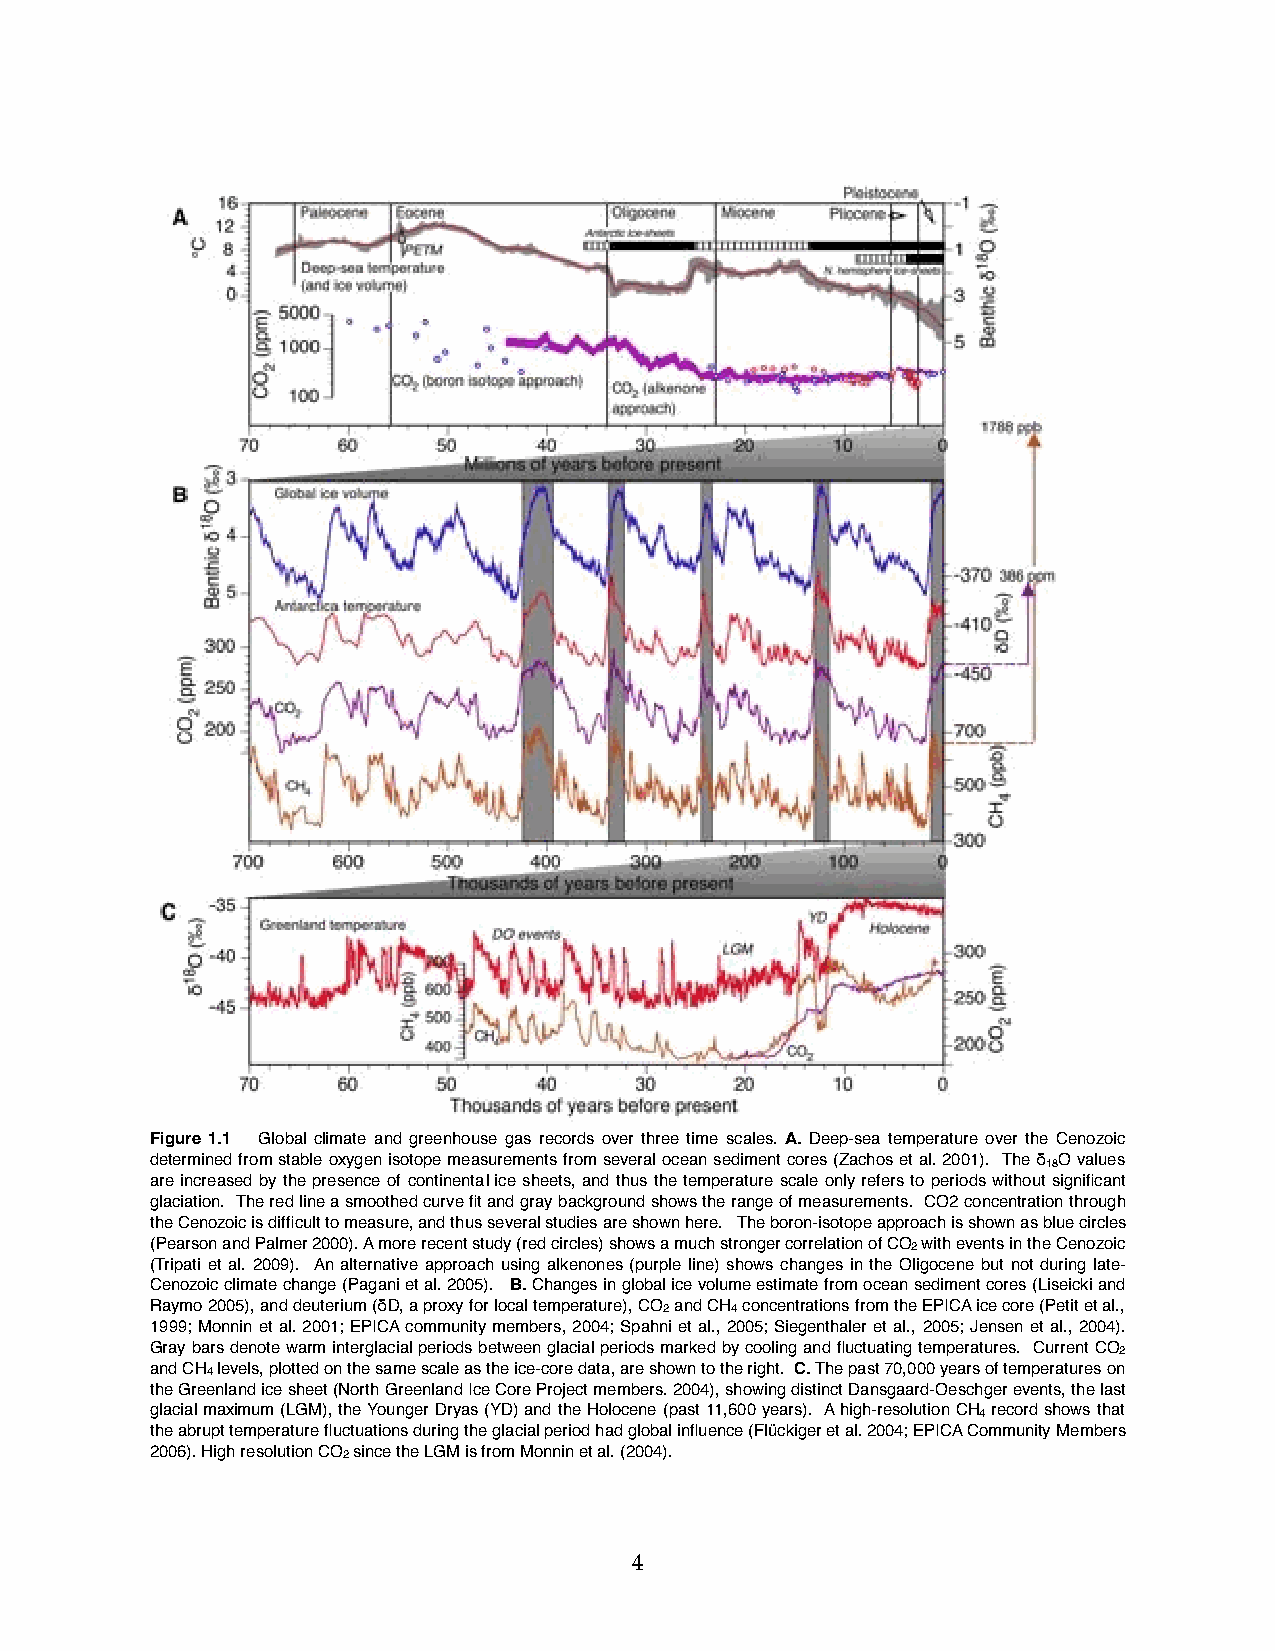
Figure 1.1 Global climate and greenhouse gas records over three time scales. A. Deep-sea temperature over the Cenozoic
 determined from stable oxygen isotope measurements from several ocean sediment cores (Zachos et al. 2001). The !18O values
 are increased by the presence of continental ice sheets, and thus the temperature scale only refers to periods without significant
 glaciation. The red line a smoothed curve fit and gray background shows the range of measurements. CO2 concentration through
 the Cenozoic is difficult to measure, and thus several studies are shown here. The boron-isotope approach is shown as blue circles
 (Pearson and Palmer 2000). A more recent study (red circles) shows a much stronger correlation of CO2 with events in the Cenozoic
 (Tripati et al. 2009). An alternative approach using alkenones (purple line) shows changes in the Oligocene but not during late-
 Cenozoic climate change (Pagani et al. 2005). B. Changes in global ice volume estimate from ocean sediment cores (Liseicki and
 Raymo 2005), and deuterium (!D, a proxy for local temperature), CO2 and CH4 concentrations from the EPICA ice core (Petit et al.,
 1999; Monnin et al. 2001; EPICA community members, 2004; Spahni et al., 2005; Siegenthaler et al., 2005; Jensen et al., 2004).
 Gray bars denote warm interglacial periods between glacial periods marked by cooling and fluctuating temperatures. Current CO2
 and CH4 levels, plotted on the same scale as the ice-core data, are shown to the right. C. The past 70,000 years of temperatures on
 the Greenland ice sheet (North Greenland Ice Core Project members. 2004), showing distinct Dansgaard-Oeschger events, the last
 glacial maximum (LGM), the Younger Dryas (YD) and the Holocene (past 11,600 years). A high-resolution CH4 record shows that
 the abrupt temperature fluctuations during the glacial period had global influence (Flückiger et al. 2004; EPICA Community Members
 2006). High resolution CO2 since the LGM is from Monnin et al. (2004).
 4